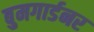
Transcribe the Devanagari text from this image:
बुमगार्डनर